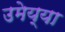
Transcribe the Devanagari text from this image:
उमेय्या